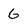
Character: G